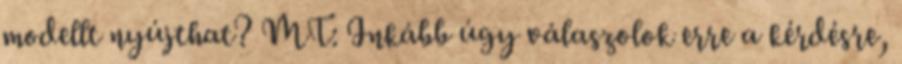
modellt nyújthat? MT: Inkább úgy válaszolok erre a kérdésre,